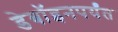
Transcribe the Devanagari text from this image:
डेबॉइनपर्यंत